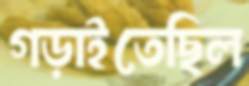
গড়াইতেছিল